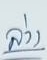
ล่าง